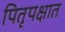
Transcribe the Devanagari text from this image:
पितृपक्षात